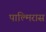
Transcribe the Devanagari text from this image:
पाल्मिरास